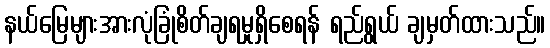
နယ်မြေများအားလုံခြုံစိတ်ချရမှုရှိစေရန် ရည်ရွယ် ချမှတ်ထားသည်။